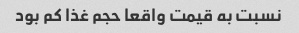
نسبت به قیمت واقعا حجم غذا کم بود